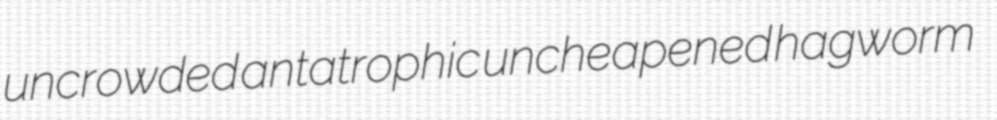
uncrowded antatrophic uncheapened hagworm